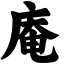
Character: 庵